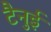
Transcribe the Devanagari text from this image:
टैनुई